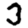
Digit: 3